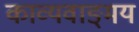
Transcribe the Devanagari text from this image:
काव्यवाङ्‌मय